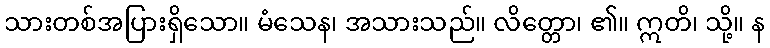
သားတစ်အပြားရှိသော။ မံသေန၊ အသားသည်။ လိတ္တော၊ ၏။ ဣတိ၊ သို့။ န